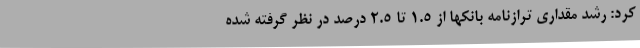
کرد: رشد مقداری ترازنامه بانکها از ۱.۵ تا ۲.۵ درصد در نظر گرفته شده